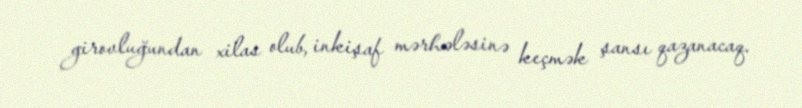
girovluğundan xilas olub, inkişaf mərhələsinə keçmək şansı qazanacaq.